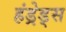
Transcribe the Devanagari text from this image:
हंड्रेड्स